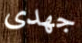
جهدى